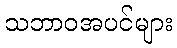
သဘာဝအပင်များ